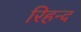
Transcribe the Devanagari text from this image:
रिहन्‍द